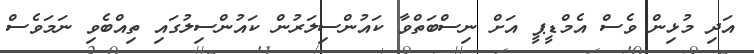
އަދި މުޅިން ވެސް އެމްޑީޕީ އަށް ނިސްބަތްވާ ކައުންސިލަރުން ކައުންސިލުގައި ތިއްބެވި ނަމަވެސް